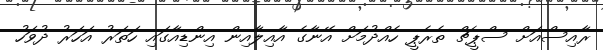
ރާއިސްއަށް ސްޕީޗް ތެރެޕީ ހެއްދުމަށް އޭނާގެ އާއިލާއިން އިންޑިއާގައި ހަތަރު އަހަރު ދުވަހު